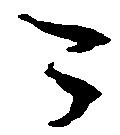
可